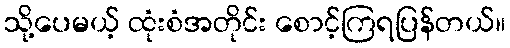
သို့ပေမယ့် ထုံးစံအတိုင်း စောင့်ကြရပြန်တယ်။